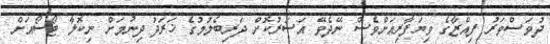
ދުވަސްވަރު ފިއްޒާގެ ވިޔަފާރިއަށްވެސް ނޭދެވޭ އަސަރުކޮށް ދަރިބެލުމުގެ ޚަރަދު ދިނުމަށް ނިކޮލާ ޓޯސޯއަށް